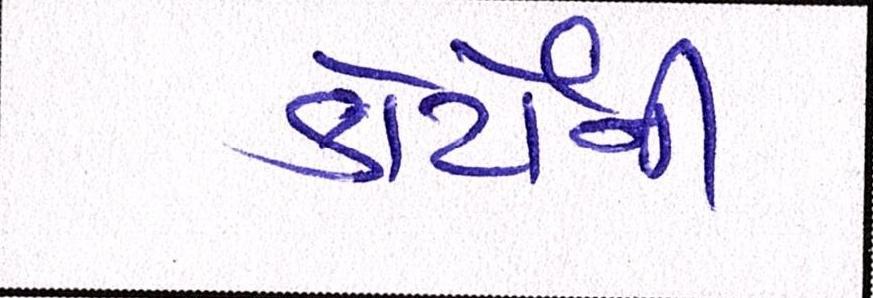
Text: કોર્ટોની